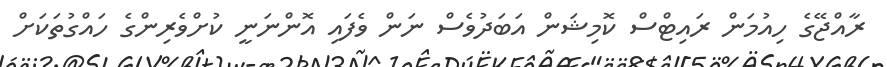
ރާއްޖޭގެ ހިއުމަން ރައިޓްސް ކޮމިޝަން އަބަދުވެސް ނަން ވެފައި އޮންނަނީ ކުށްވެރިންގެ ހައްގުތަކަށް